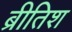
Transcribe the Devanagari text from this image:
ब्रीतिश